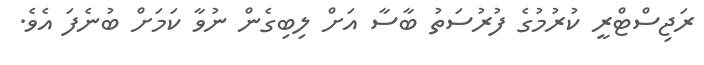
ރަޖިސްޓްރީ ކުރުމުގެ ފުރުސަތު ބާސާ އަށް ލިބިގެން ނުވާ ކަމަށް ބުނެފަ އެވެ.